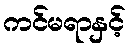
ကင်မရာနှင့်